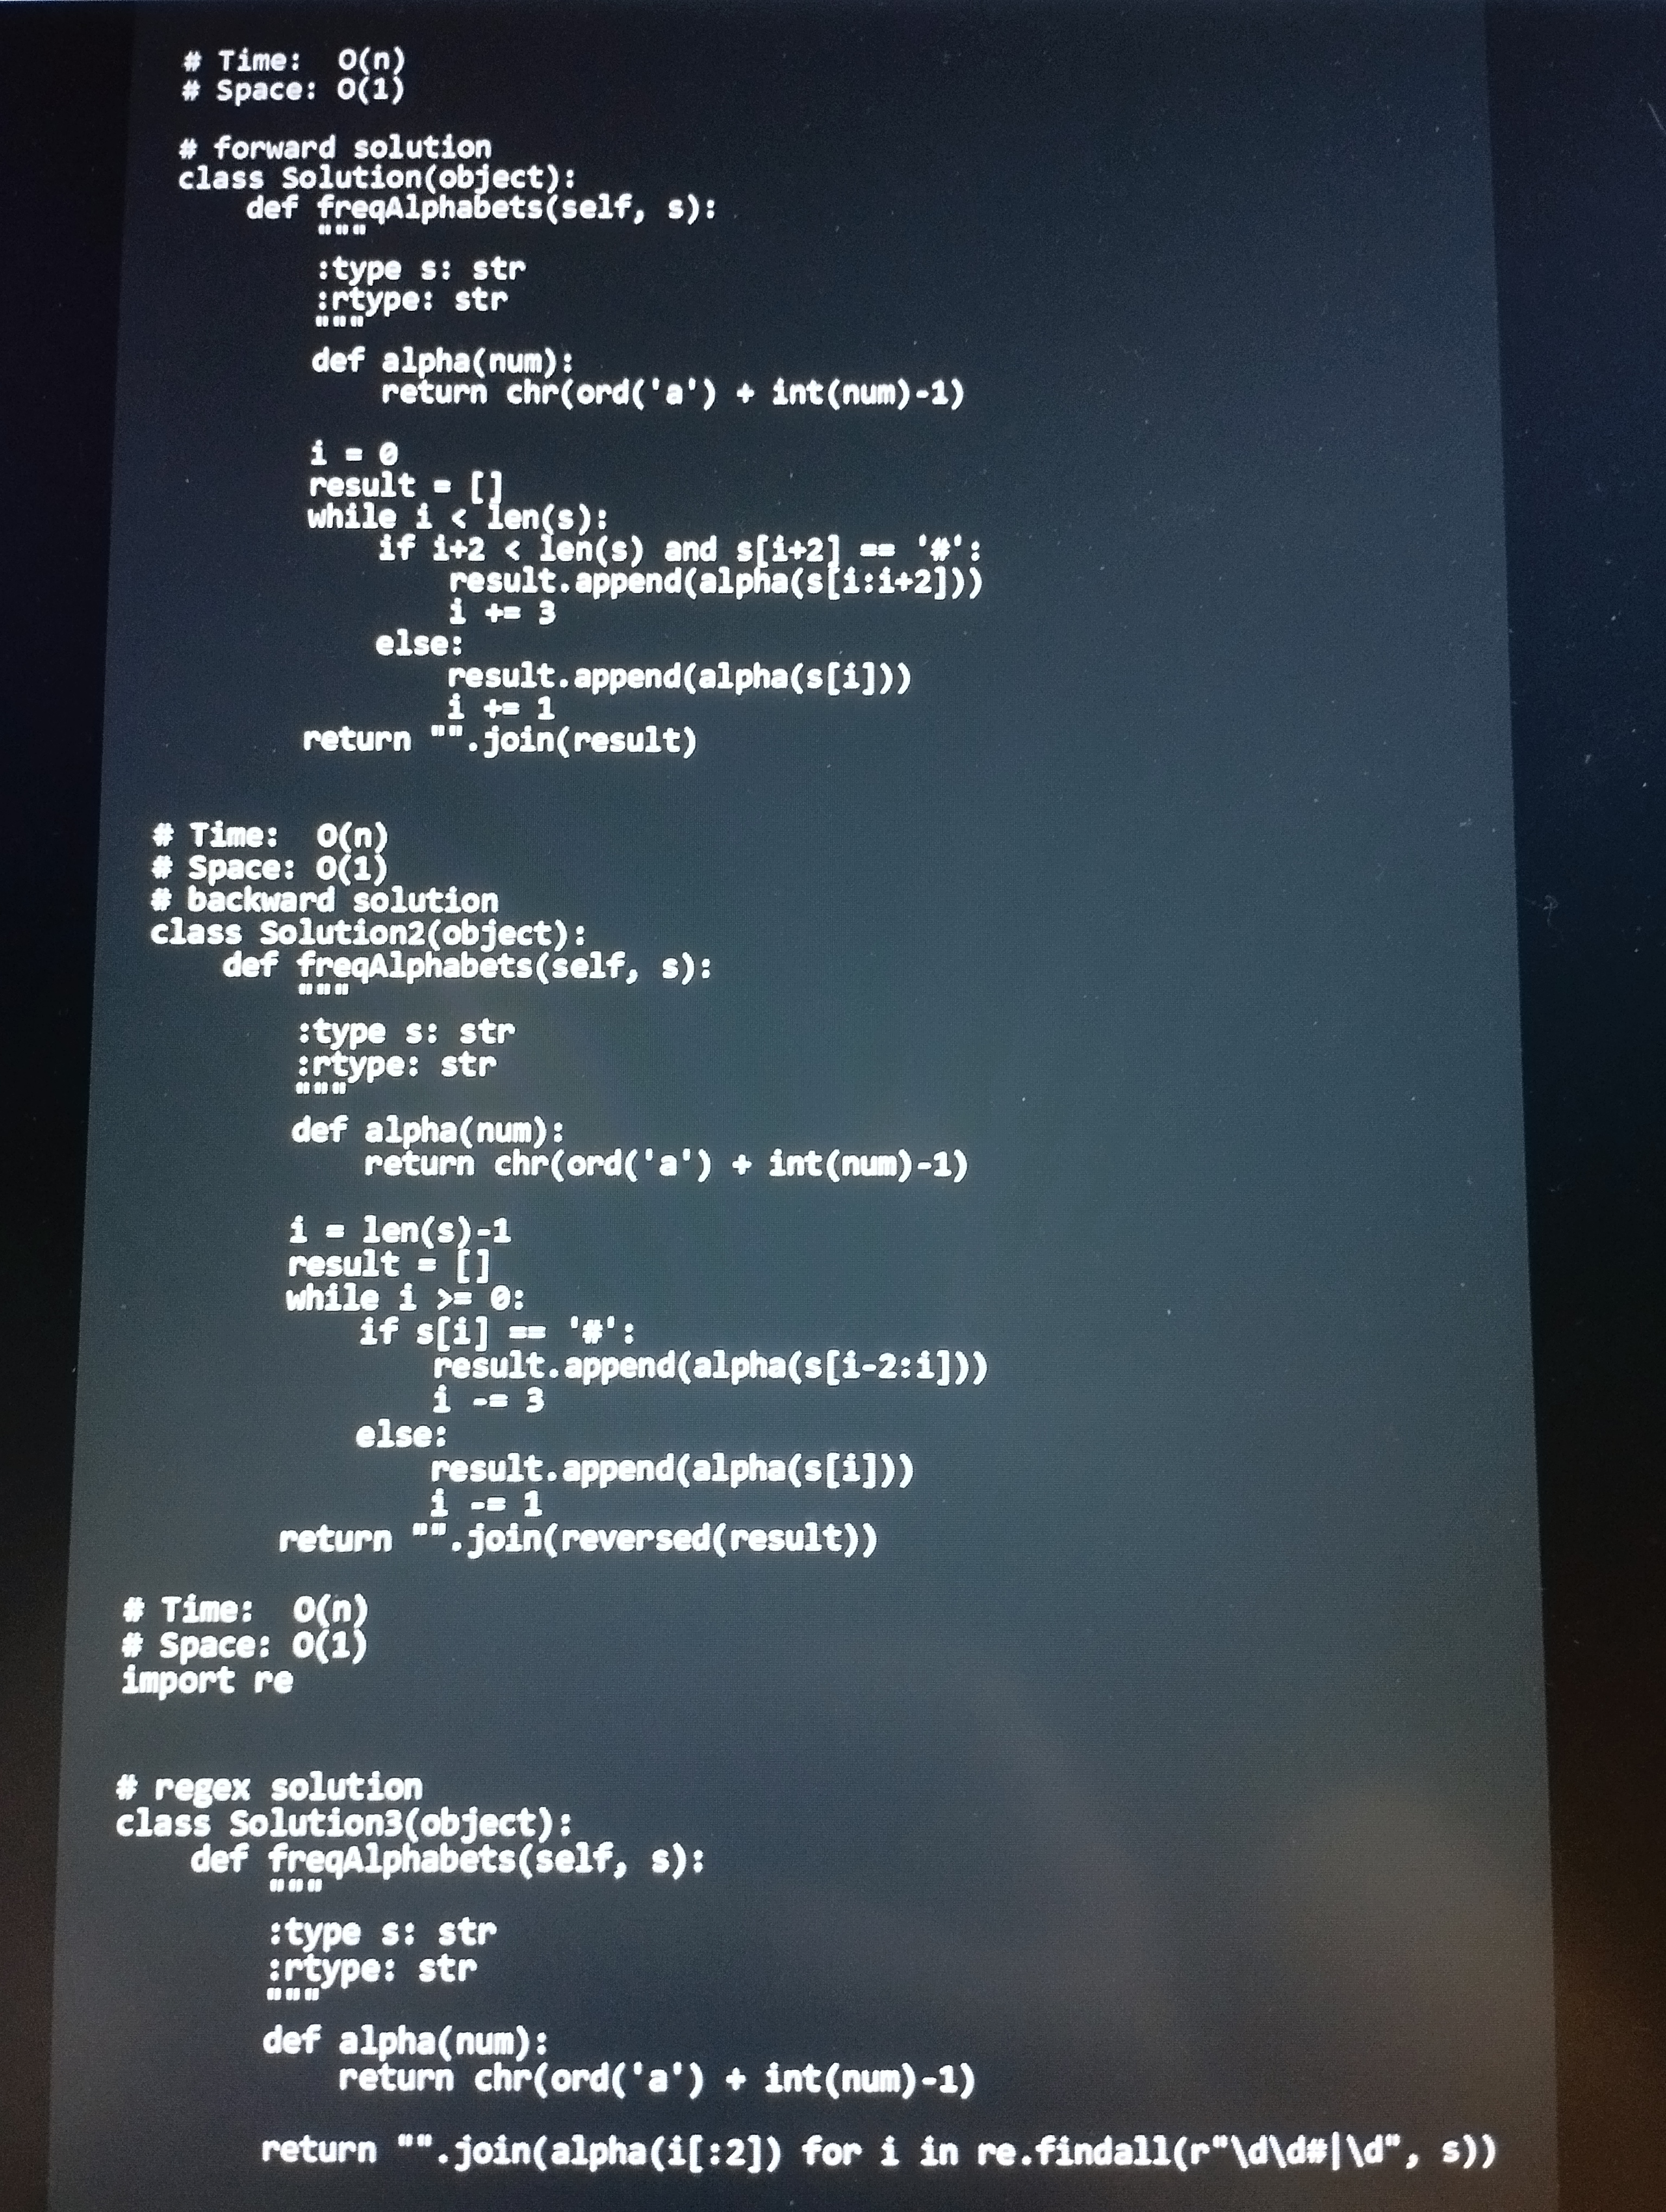
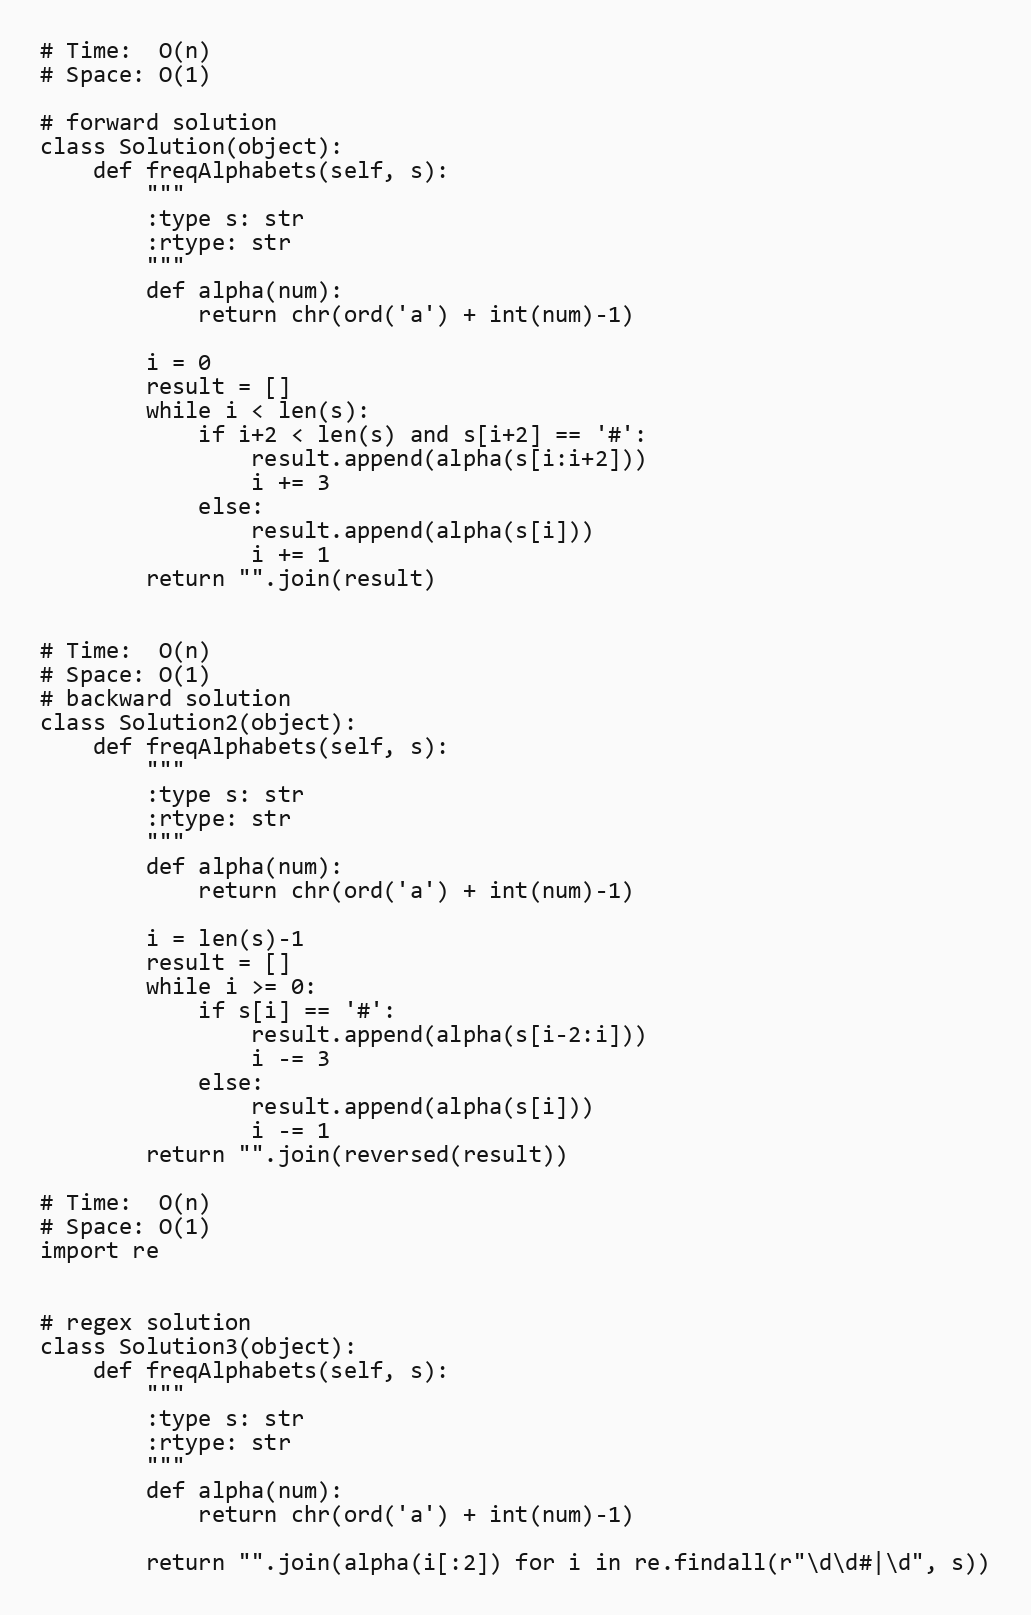
# Time:  O(n)
# Space: O(1)

# forward solution
class Solution(object):
    def freqAlphabets(self, s):
        """
        :type s: str
        :rtype: str
        """
        def alpha(num):
            return chr(ord('a') + int(num)-1)

        i = 0
        result = []
        while i < len(s):
            if i+2 < len(s) and s[i+2] == '#':
                result.append(alpha(s[i:i+2]))
                i += 3
            else:
                result.append(alpha(s[i]))
                i += 1
        return "".join(result)

# Time:  O(n)
# Space: O(1)
# backward solution
class Solution2(object):
    def freqAlphabets(self, s):
        """
        :type s: str
        :rtype: str
        """
        def alpha(num):
            return chr(ord('a') + int(num)-1)

        i = len(s)-1
        result = []
        while i >= 0:
            if s[i] == '#':
                result.append(alpha(s[i-2:i]))
                i -= 3
            else:
                result.append(alpha(s[i]))
                i -= 1
        return "".join(reversed(result))

# Time:  O(n)
# Space: O(1)
import re

# regex solution
class Solution3(object):
    def freqAlphabets(self, s):
        """
        :type s: str
        :rtype: str
        """
        def alpha(num):
            return chr(ord('a') + int(num)-1)

        return "".join(alpha(i[:2]) for i in re.findall(r"\d\d#|\d", s))